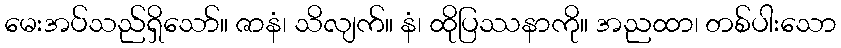
မေးအပ်သည်ရှိသော်။ ဇာနံ၊ သိလျက်။ နံ၊ ထိုပြဿနာကို။ အညထာ၊ တစ်ပါးသော